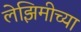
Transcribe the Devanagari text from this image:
लेझिमीच्या